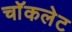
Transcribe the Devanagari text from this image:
चाॅकलेट